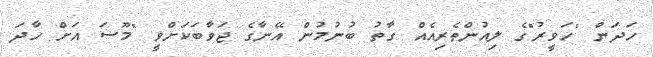
ހަދަން "ހަވީރު"ގެ ލިއުންތެރިއެއް ގާތު ބުނުމުން އޭނާގެ ޖަވާބަކަށްވީ "މޫސަ އަށް ހާދަ